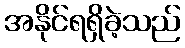
အနိုင်ရရှိခဲ့သည်